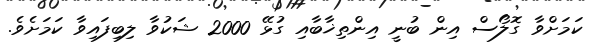
ކަމަށްވާ ގޮލޯސް އިން ބުނީ އިންތިޚާބާއި ގުޅޭ 2000 ޝަކުވާ ލިބިފައިވާ ކަމަށެވެ.